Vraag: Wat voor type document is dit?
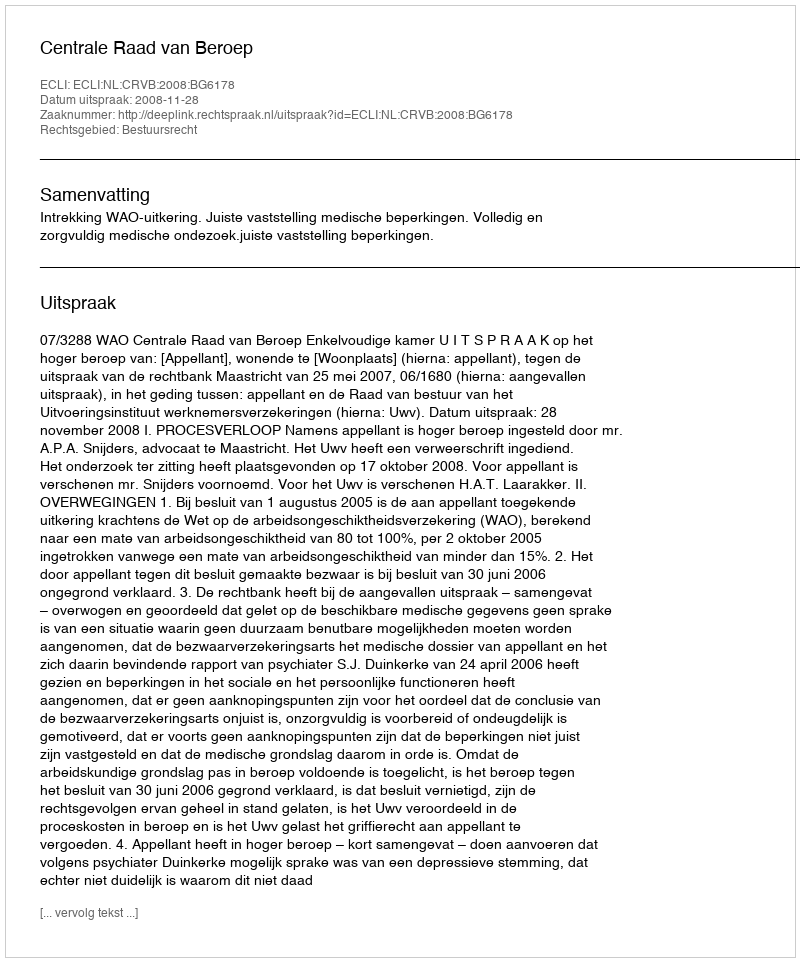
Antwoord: Uitspraak